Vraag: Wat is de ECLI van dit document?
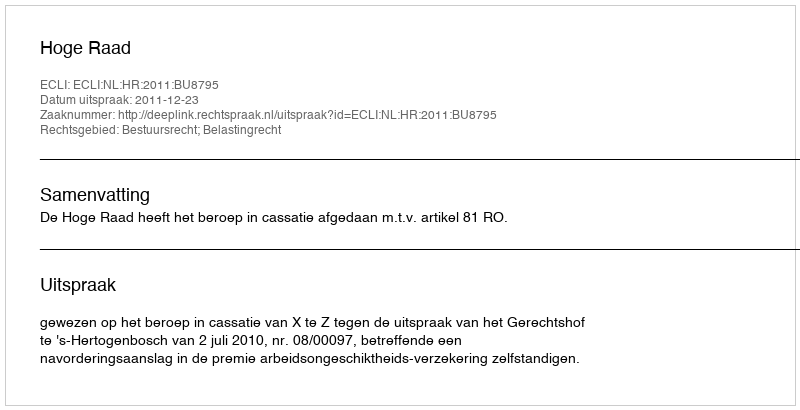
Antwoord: ECLI:NL:HR:2011:BU8795